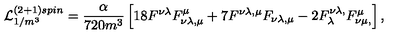
{ \cal L } _ { 1 / m ^ { 3 } } ^ { ( 2 + 1 ) s p i n } = \frac { \alpha } { 7 2 0 m ^ { 3 } } \left[ 1 8 F ^ { \nu \lambda } F _ { \nu \lambda , \mu } ^ { \mu } + 7 F ^ { \nu \lambda , \mu } F _ { \nu \lambda , \mu } - 2 F _ { \lambda } ^ { \nu \lambda , } F _ { \nu \mu , } ^ { \mu } \right] ,